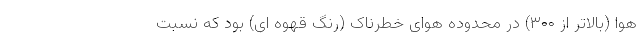
هوا (بالاتر از ۳۰۰) در محدوده هوای خطرناک (رنگ قهوه ای) بود که نسبت